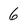
Character: 6